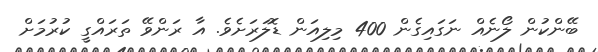
ބޭންކުން ލޯނެއް ނަގައިގެން 400 މިލިއަން ޑޮލަރަށެވެ. އާ ރަންވޭ ތަރައްގީ ކުރުމަށް